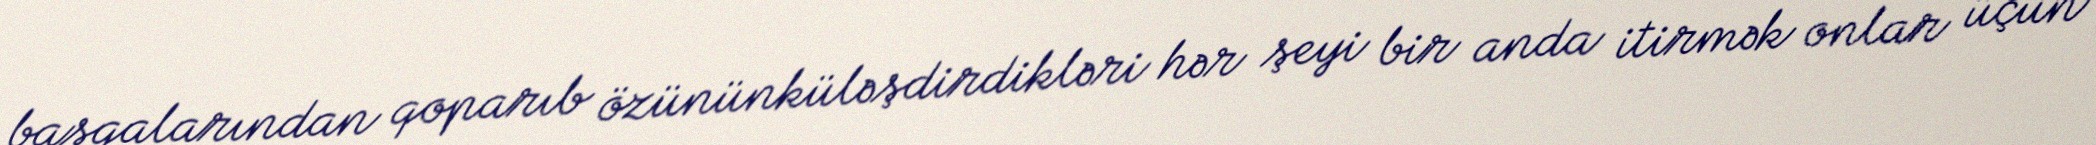
başqalarından qoparıb özününküləşdirdikləri hər şeyi bir anda itirmək onlar üçün